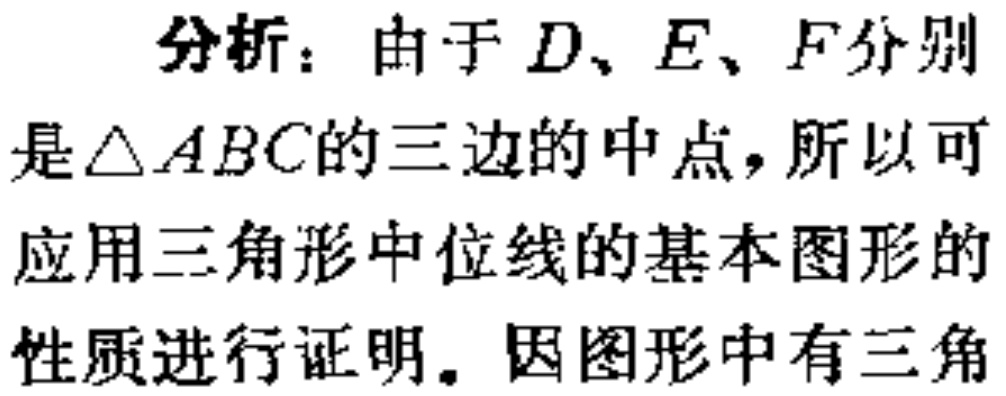
分析：由于\(D、E、F\)分别是\(\triangle ABC\)的三边的中点，所以可应用三角形中位线的基本图形的性质进行证明。因图形中有三角